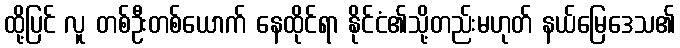
ထို့ပြင် လူ တစ်ဦးတစ်ယောက် နေထိုင်ရာ နိုင်ငံ၏သို့တည်းမဟုတ် နယ်မြေဒေသ၏